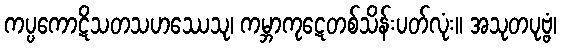
ကပ္ပကောဋိသတသဟဿေသု၊ ကမ္ဘာကုဋေတစ်သိန်းပတ်လုံး။ အသုတပုဗ္ဗံ၊